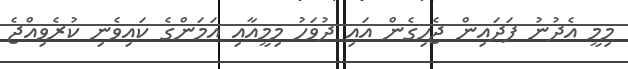
މިމީ އެދުނު ފަދައިން ޖެހިގެން އައި ދުވަހު މިމީއާއި އަމަންގެ ކައިވެނި ކުރެވިއްޖެ